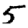
Digit: 5